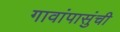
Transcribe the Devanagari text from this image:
गावांपासुंची